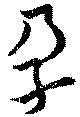
孕